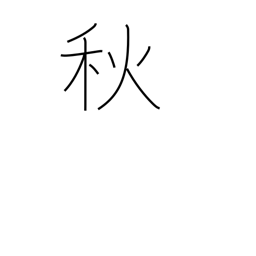
Meaning: autumn